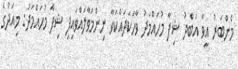
މެންބަރު އީވާ އަބްދު ޝިފާ މުހައްމަދު ވާހަކަދައްކަވާ ނިންމަވާލައްވައިފި ޝިފާ މުހައްމަދު: މިއަދުގެ